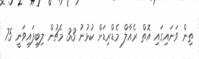
ތިން ވަނައިގައި އޮތް ރެއާލް މެޑްރިޑަށް ކުޅުނު 33 މެޗުން ލިބިފައިވަނީ 75